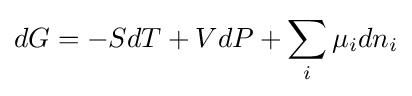
dG=-SdT+VdP+\sum _{i}\mu _{i}dn_{i}